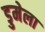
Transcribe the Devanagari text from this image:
डुमेला